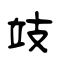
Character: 攱